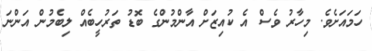
ހަމައަށެވެ. މިހާރު ވެސް އެ ކުއިޒަށް އާންމުންގެ ބޮޑު ތަރުހީބެއް ލިބެމުން އަންނަ